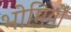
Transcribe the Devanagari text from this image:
भोमियों